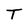
Character: T